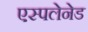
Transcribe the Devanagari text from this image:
एस्पलेनेड